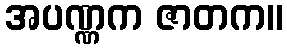
အပဏ္ဏက ဇာတက။